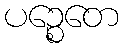
ပဉ္စေတေ